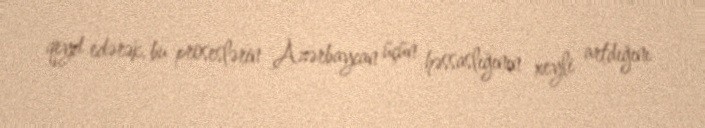
qeyd edərək, bu proseslərin Azərbaycan üçün həssaslığının xeyli artdığını